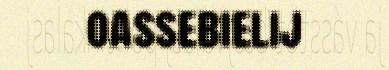
oassebielij